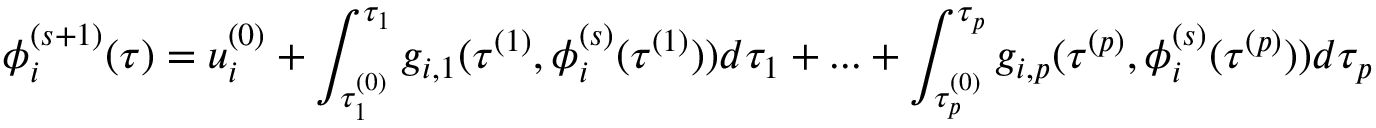
\phi _ { i } ^ { ( s + 1 ) } ( \tau ) = u _ { i } ^ { ( 0 ) } + \int _ { \tau _ { 1 } ^ { ( 0 ) } } ^ { \tau _ { 1 } } g _ { i , 1 } ( \tau ^ { ( 1 ) } , \phi _ { i } ^ { ( s ) } ( \tau ^ { ( 1 ) } ) ) d \tau _ { 1 } + . . . + \int _ { \tau _ { p } ^ { ( 0 ) } } ^ { \tau _ { p } } g _ { i , p } ( \tau ^ { ( p ) } , \phi _ { i } ^ { ( s ) } ( \tau ^ { ( p ) } ) ) d \tau _ { p }